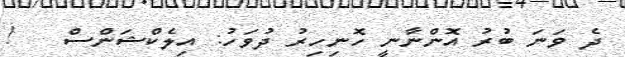
ދެ ވަނަ ބުރު އޮންނާނީ ހޮނިހިރު ދުވަހު: އިލެކްޝަންސް   !